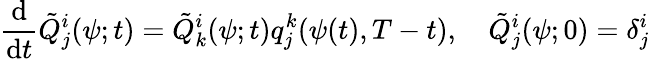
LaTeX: \frac{\textrm{d}}{\textrm{d}t}\tilde{Q}_{j}^{i}(\psi;t)=\tilde{Q}_{k}^{i}(\psi;t)q_{j}^{k}(\psi(t),T-t),\quad\tilde{Q}_{j}^{i}(\psi;0)=\delta_{j}^{i}